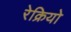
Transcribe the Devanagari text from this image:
रेक्रियो